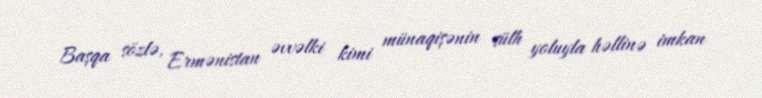
Başqa sözlə, Ermənistan əvvəlki kimi münaqişənin sülh yoluyla həllinə imkan